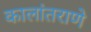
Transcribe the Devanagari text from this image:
कालांतराणे